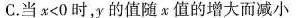
C.当$$x < 0$$时，y的值随x值的增大而减小